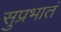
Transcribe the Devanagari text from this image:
सुप्रभातं